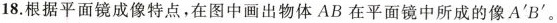
18.根据平面镜成像特点，在图中画出物体AB在平面镜中所成的像A'B'。